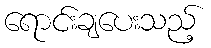
ရောင်းချပေးသည့်